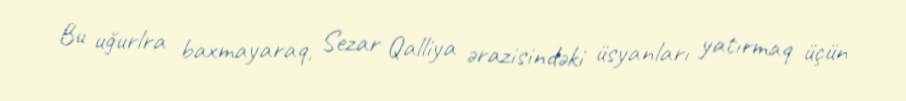
Bu uğurlra baxmayaraq, Sezar Qalliya ərazisindəki üsyanları yatırmaq üçün